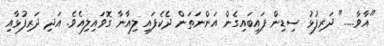
"އާވާ....." ދަރިފުޅު ސިޑިން ފައިބައިގެން އަންނަތަން ދެކެފައި ލިއާނާ ގޮވައިލިއެވެ. އަދި ދަރިފުޅާއި